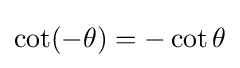
\cot(-\theta )=-\cot \theta